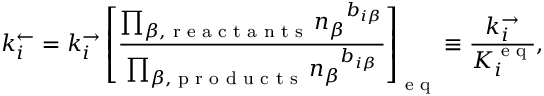
k _ { i } ^ { \leftarrow } = k _ { i } ^ { \rightarrow } \left[ \frac { \prod _ { \beta , \textrm { r e a c t a n t s } } { n _ { \beta } } ^ { b _ { i \beta } } } { \prod _ { \beta , \textrm { p r o d u c t s } } { n _ { \beta } } ^ { b _ { i \beta } } } \right] _ { \textrm { e q } } \equiv \frac { k _ { i } ^ { \rightarrow } } { K _ { i } ^ { \textrm { e q } } } ,